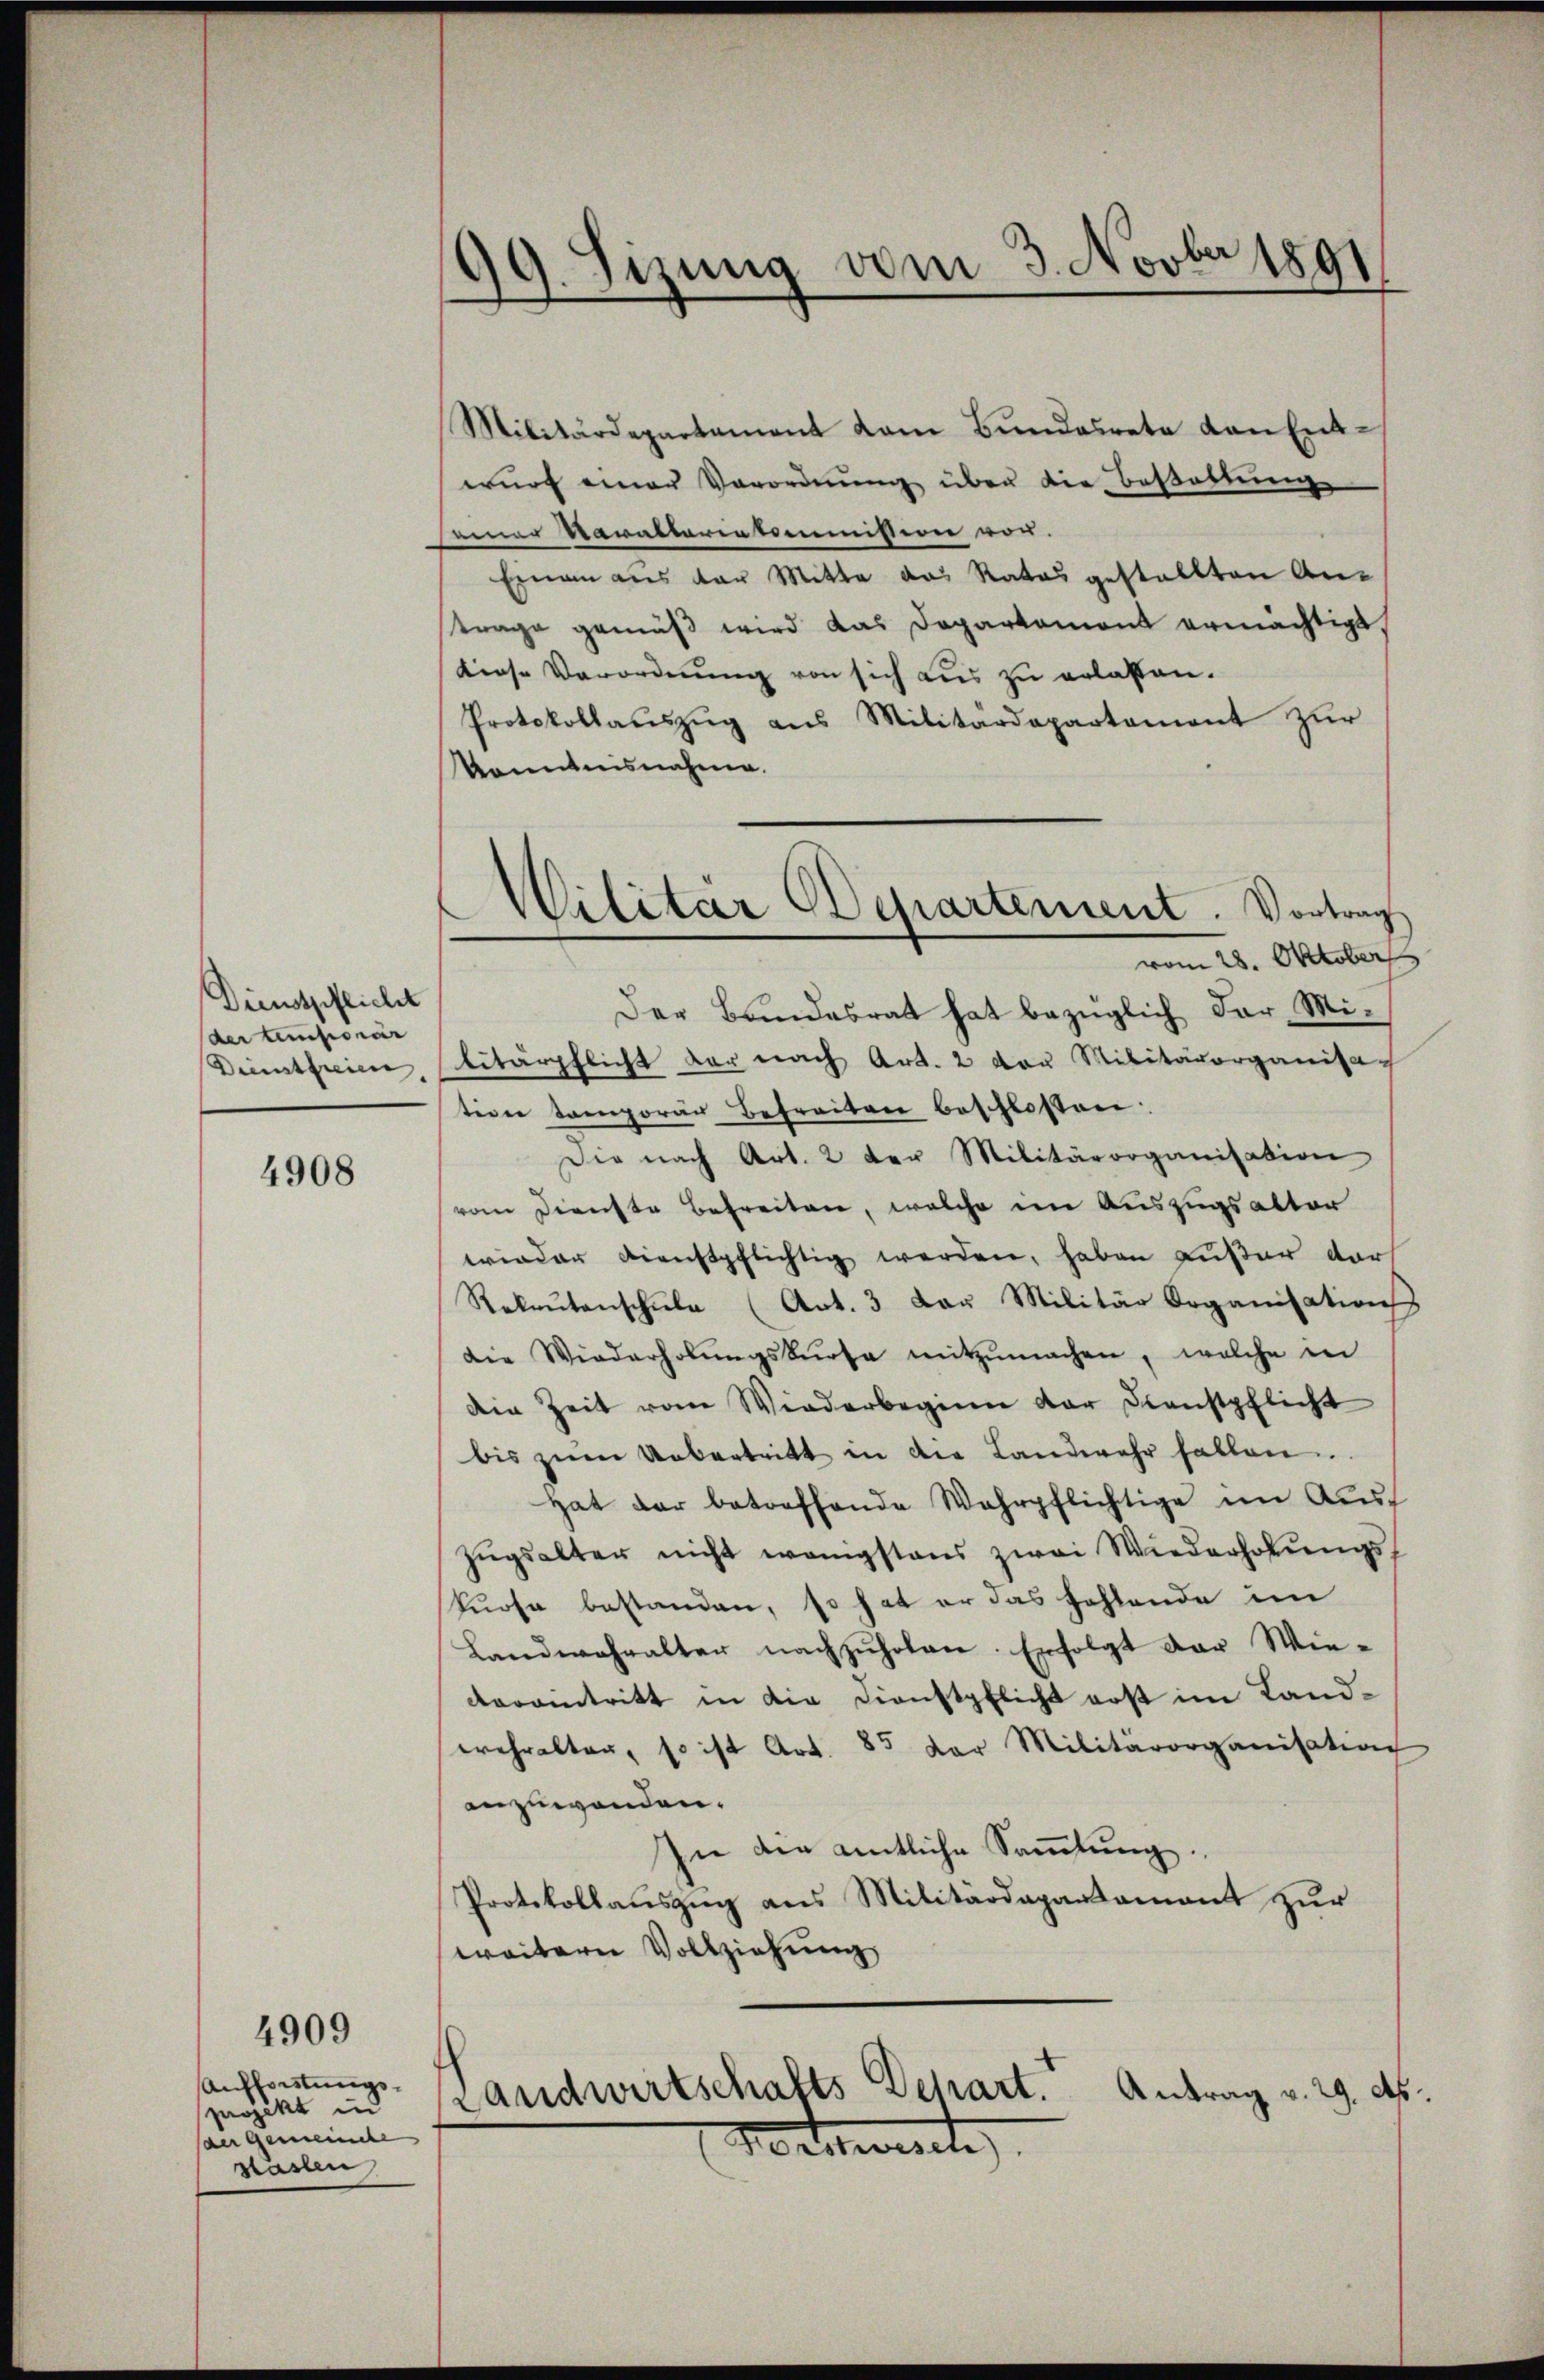
Dienstpflicht
der temporär
Dienstfreien,

4908

Aufforstungsprojekt in
der Gemeinche
staslen

4909

99. Sizung vom 3. Novber 1891

Militärdepartament vom Bŭndesrata von Ent-
wŭrf einer Verordnŭng über die Bestattung
seiner Waraltariatommission vor.
Einan aus der Mitte das Rates gestaltten An-
trage gemäß wird das Departemont ermächtigt
diese Verordnŭng von sich aus zu erlassen.
Protokollaŭszŭg ans Militärdepartement zur
Kenntnisnahme.
Der Bundesrat hat bezüglich der Militärpflicht der nach Art. 2 von Militärorganisation temporan Befreiten beschlossen
Die nach Art. 2 der Militärorganisation
vom Dienste Befreiten, welche im Auszugsakter
wieder Dienstpflichtig werden, haben außer dar
Rekaŭtanschŭle (Art. 3 Laŭ Militär Organisation
die Wiederholŭngskurse mitzŭmachen, welche in
Die Zeit vom Wiederbeginn der Dienstpflicht
bis zŭm Uebertritt in die Landwehr fallen.
Hat der betreffende Wahrpflichtige im Ausf
Zŭgsalter nicht wenigstens zwei Wiederholungs¬
Prosa bestanden, so hat er das Fehlende im
Landwehralter nachzuholen. Erfolgt der Wievereintritt in die Dienstpflicht erst im Landerehralten, so ist Art. 85 der Militärorganisation
anzuwenden.
In die amtliche Sammlung.
Protokollauszug aus Militärdepartement zur
weitern Vollziehung
Landwirtschafts Depart. Antrag v. 29. ds.
Vetersche

Militär Departement. Vortrag
vom 28. Oktober